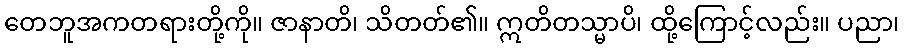
တေဘူအကတရားတို့ကို။ ဇာနာတိ၊ သိတတ်၏။ ဣတိတသ္မာပိ၊ ထို့ကြောင့်လည်း။ ပညာ၊